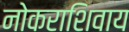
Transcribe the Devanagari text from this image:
नोकराशिवाय